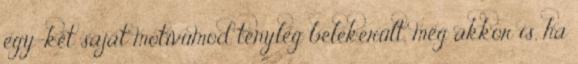
egy-két saját motívumod tényleg belekerült, még akkor is, ha